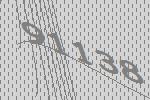
91138